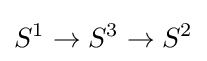
S^{1}\to S^{3}\to S^{2}